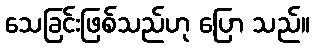
သေခြင်းဖြစ်သည်ဟု ပြော သည်။